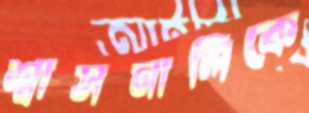
শ্বাসনালিকে